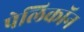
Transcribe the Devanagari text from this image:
पेलिकॉन